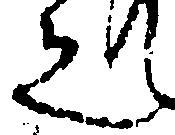
之